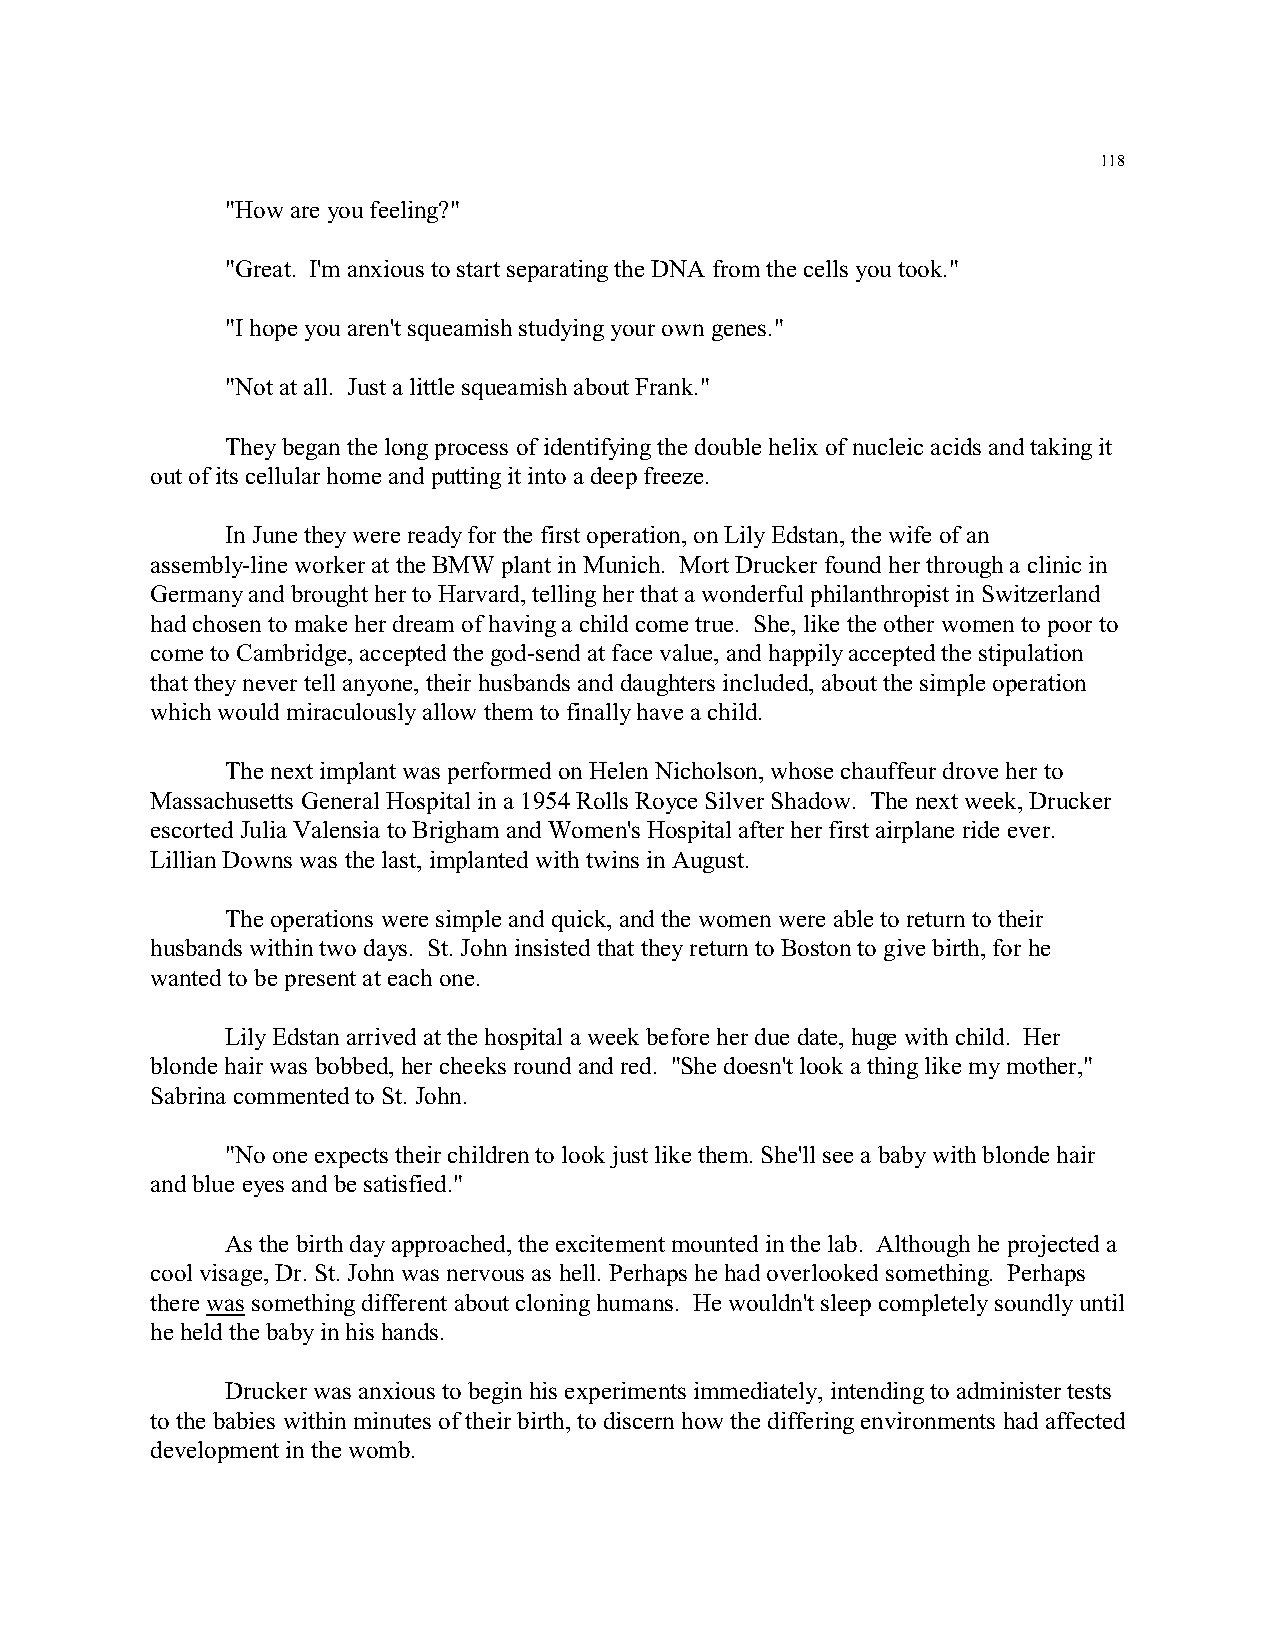
118
 "How are you feeling?"
 "Great. I'm anxious to start separating the DNA from the cells you took."
 "I hope you aren't squeamish studying your own genes."
 "Not at all. Just a little squeamish about Frank."
 They began the long process of identifying the double helix of nucleic acids and taking it
 out of its cellular home and putting it into a deep freeze.
 In June they were ready for the first operation, on Lily Edstan, the wife of an
 assembly-line worker at the BMW plant in Munich. Mort Drucker found her through a clinic in
 Germany and brought her to Harvard, telling her that a wonderful philanthropist in Switzerland
 had chosen to make her dream of having a child come true. She, like the other women to poor to
 come to Cambridge, accepted the god-send at face value, and happily accepted the stipulation
 that they never tell anyone, their husbands and daughters included, about the simple operation
 which would miraculously allow them to finally have a child.
 The next implant was performed on Helen Nicholson, whose chauffeur drove her to
 Massachusetts General Hospital in a 1954 Rolls Royce Silver Shadow. The next week, Drucker
 escorted Julia Valensia to Brigham and Women's Hospital after her first airplane ride ever.
 Lillian Downs was the last, implanted with twins in August.
 The operations were simple and quick, and the women were able to return to their
 husbands within two days. St. John insisted that they return to Boston to give birth, for he
 wanted to be present at each one.
 Lily Edstan arrived at the hospital a week before her due date, huge with child. Her
 blonde hair was bobbed, her cheeks round and red. "She doesn't look a thing like my mother,"
 Sabrina commented to St. John.
 "No one expects their children to look just like them. She'll see a baby with blonde hair
 and blue eyes and be satisfied."
 As the birth day approached, the excitement mounted in the lab. Although he projected a
 cool visage, Dr. St. John was nervous as hell. Perhaps he had overlooked something. Perhaps
 there was something different about cloning humans. He wouldn't sleep completely soundly until
 he held the baby in his hands.
 Drucker was anxious to begin his experiments immediately, intending to administer tests
 to the babies within minutes of their birth, to discern how the differing environments had affected
 development in the womb.